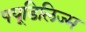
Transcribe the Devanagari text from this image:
फ्यूडिलिज्म